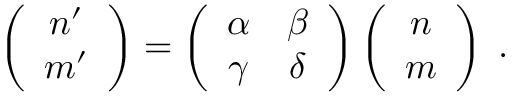
\left( \begin{array} { c } { { n ^ { \prime } } } \\ { { m ^ { \prime } } } \end{array} \right) = \left( \begin{array} { c c } { { \alpha } } & { { \beta } } \\ { { \gamma } } & { { \delta } } \end{array} \right) \left( \begin{array} { c } { { n } } \\ { { m } } \end{array} \right) \; .